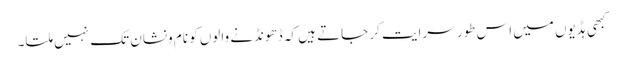
کبھی ہڈیوں میں اس طور سرایت کر جاتے ہیں کہ ڈھونڈنے والوں کو نام ونشان تک نہیں ملتا۔